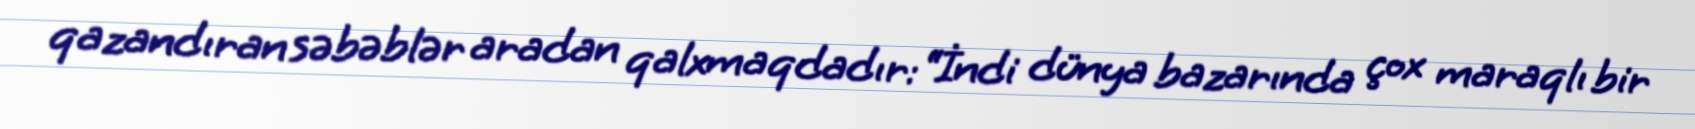
qazandıran səbəblər aradan qalxmaqdadır: “İndi dünya bazarında çox maraqlı bir